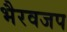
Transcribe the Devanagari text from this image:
भैरवजप